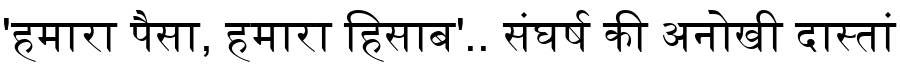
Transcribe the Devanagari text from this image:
'हमारा पैसा, हमारा हिसाब'.. संघर्ष की अनोखी दास्तां